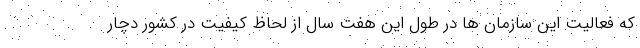
که فعالیت این سازمان ها در طول این هفت سال از لحاظ کیفیت در کشور دچار